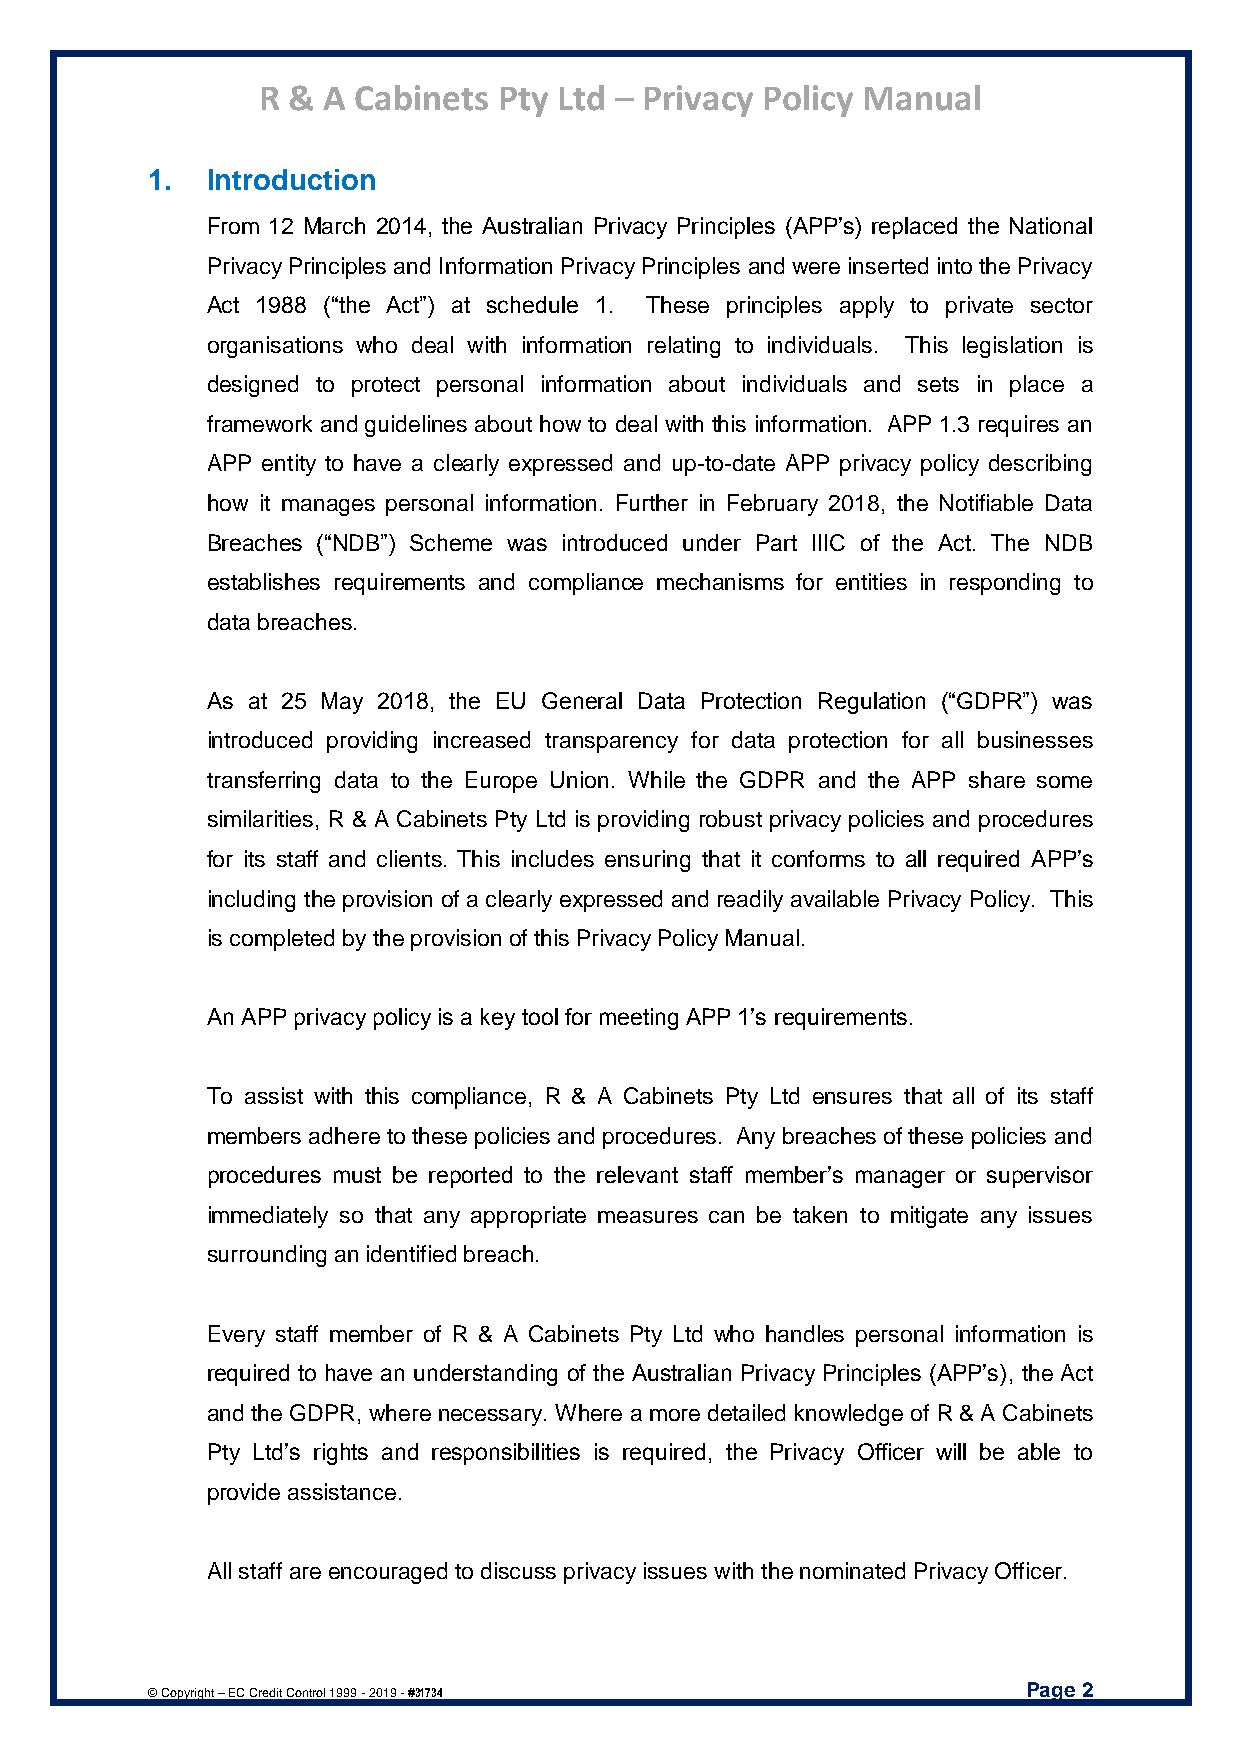
R & A Cabinets  Pty Ltd – Privacy Policy Manual
 1.  Introduction
 From 12 March 2014, the Australian Privacy Principles (APP’s) replaced the National
 Privacy Principles and Information Privacy Principles and were inserted into the Privacy
 Act 1988 (“the Act”) at schedule 1. These principles apply to private sector
 organisations who deal with information relating to individuals. This legislation is
 designed to protect personal information about individuals and sets in place a
 framework and guidelines about how to deal with this information. APP 1.3 requires an
 APP entity to have a clearly expressed and up-to-date APP privacy policy describing
 how it manages personal information. Further in February 2018, the Notifiable Data
 Breaches (“NDB”) Scheme was introduced under Part IIIC of the Act. The NDB
 establishes requirements and compliance mechanisms for entities in responding to
 data breaches.
 As at 25 May 2018, the EU General Data Protection Regulation (“GDPR”) was
 introduced providing increased transparency for data protection for all businesses
 transferring data to the Europe Union. While the GDPR and the APP share some
 similarities, R & A Cabinets Pty Ltd is providing robust privacy policies and procedures
 for its staff and clients. This includes ensuring that it conforms to all required APP’s
 including the provision of a clearly expressed and readily available Privacy Policy. This
 is completed by the provision of this Privacy Policy Manual.
 An APP privacy policy is a key tool for meeting APP 1’s requirements.
 To assist with this compliance, R & A Cabinets Pty Ltd ensures that all of its staff
 members adhere to these policies and procedures. Any breaches of these policies and
 procedures must be reported to the relevant staff member’s manager or supervisor
 immediately so that any appropriate measures can be taken to mitigate any issues
 surrounding an identified breach.
 Every staff member of R & A Cabinets Pty Ltd who handles personal information is
 required to have an understanding of the Australian Privacy Principles (APP’s), the Act
 and the GDPR, where necessary. Where a more detailed knowledge of R & A Cabinets
 Pty Ltd’s rights and responsibilities is required, the Privacy Officer will be able to
 provide assistance.
 All staff are encouraged to discuss privacy issues with the nominated Privacy Officer.
 Page 2
 © Copyright – EC Credit Control 1999 - 2019 - #31734